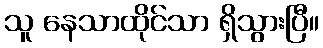
သူ နေသာထိုင်သာ ရှိသွားပြီ။